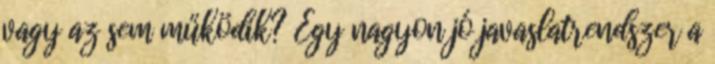
vagy az sem működik? Egy nagyon jó javaslatrendszer a